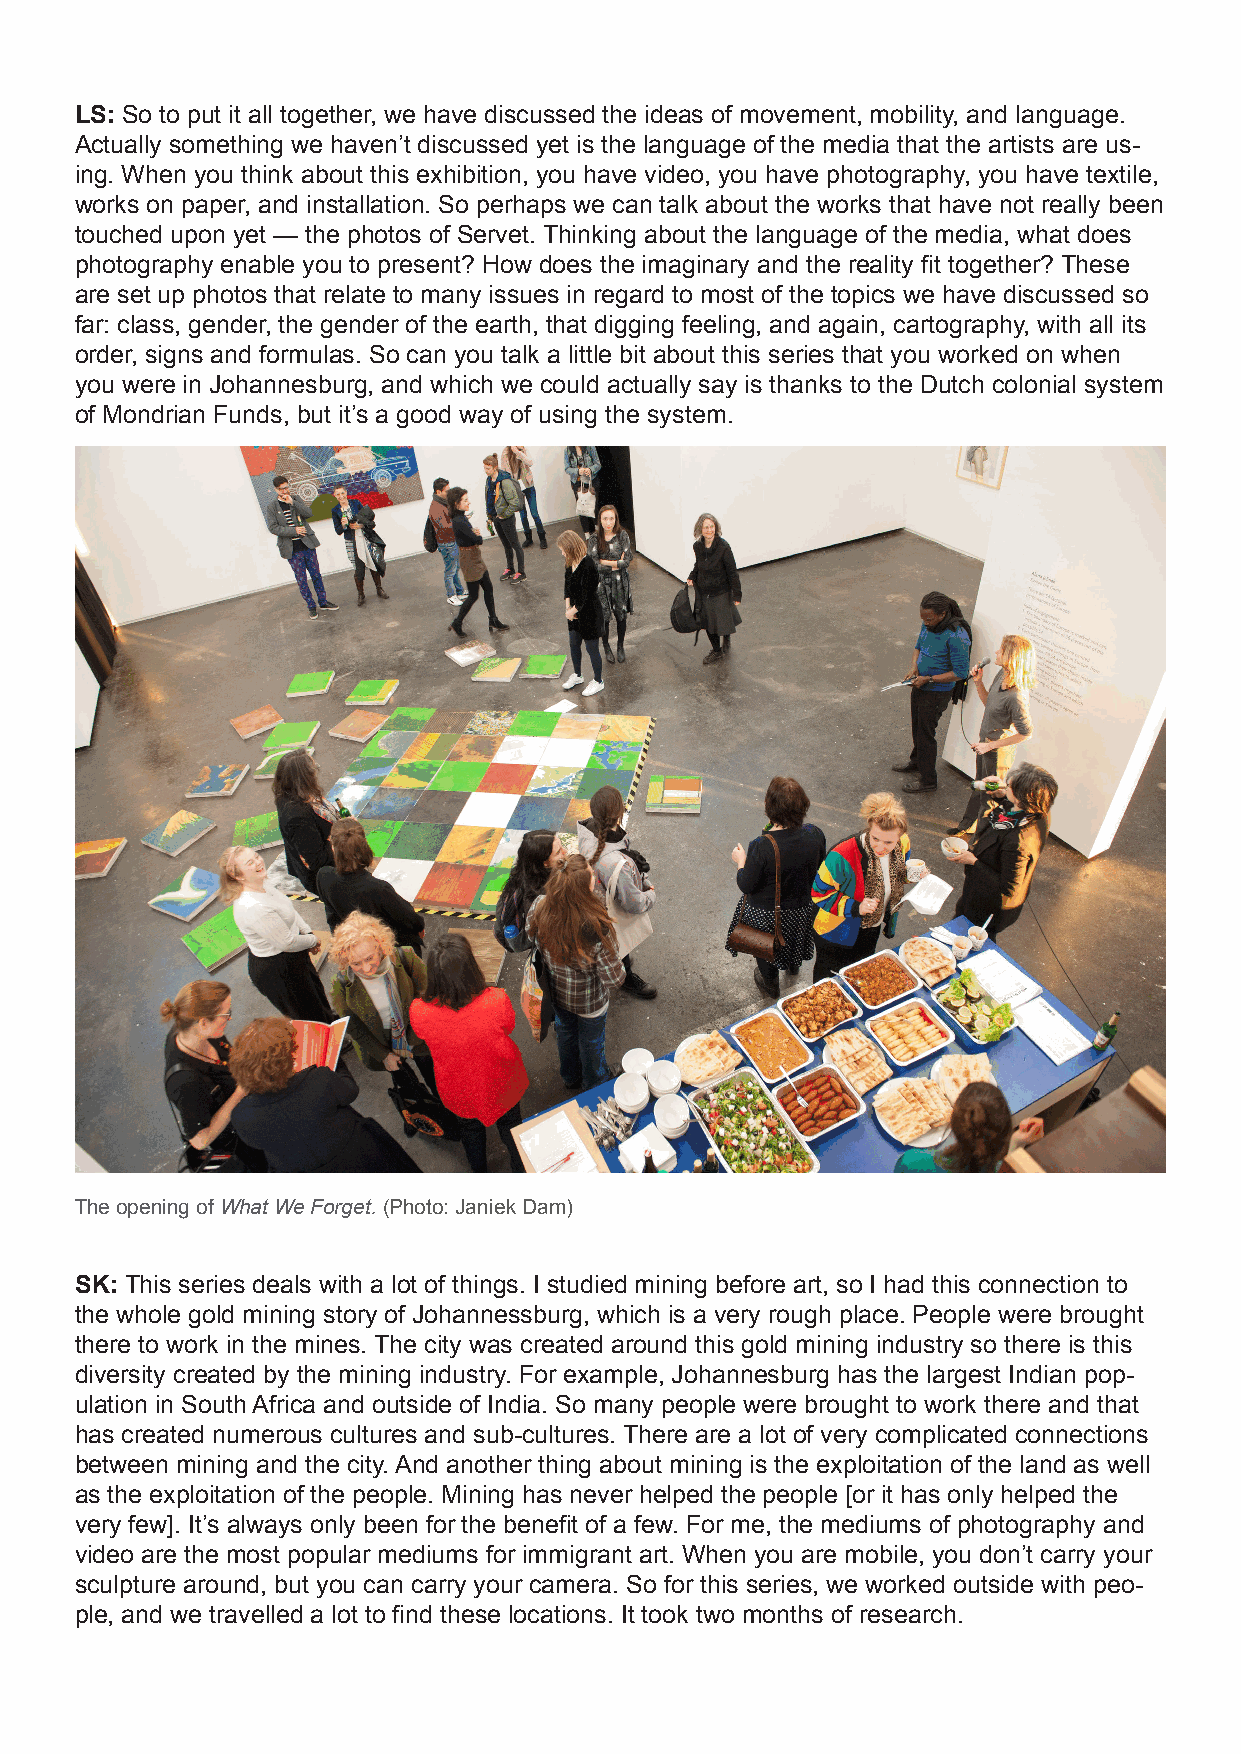
LS: So to put it all together, we have discussed the ideas of movement, mobility, and language.
 Actually something we haven’t discussed yet is the language of the media that the artists are us-
 ing. When you think about this exhibition, you have video, you have photography, you have textile,
 works on paper, and installation. So perhaps we can talk about the works that have not really been
 touched upon yet — the photos of Servet. Thinking about the language of the media, what does
 photography enable you to present? How does the imaginary and the reality fit together? These
 are set up photos that relate to many issues in regard to most of the topics we have discussed so
 far: class, gender, the gender of the earth, that digging feeling, and again, cartography, with all its
 order, signs and formulas. So can you talk a little bit about this series that you worked on when
 you were in Johannesburg, and which we could actually say is thanks to the Dutch colonial system
 of Mondrian Funds, but it’s a good way of using the system.
 The opening of What We Forget. (Photo: Janiek Dam)
 SK: This series deals with a lot of things. I studied mining before art, so I had this connection to
 the whole gold mining story of Johannessburg, which is a very rough place. People were brought
 there to work in the mines. The city was created around this gold mining industry so there is this
 diversity created by the mining industry. For example, Johannesburg has the largest Indian pop-
 ulation in South Africa and outside of India. So many people were brought to work there and that
 has created numerous cultures and sub-cultures. There are a lot of very complicated connections
 between mining and the city. And another thing about mining is the exploitation of the land as well
 as the exploitation of the people. Mining has never helped the people [or it has only helped the
 very few]. It’s always only been for the benefit of a few. For me, the mediums of photography and
 video are the most popular mediums for immigrant art. When you are mobile, you don’t carry your
 sculpture around, but you can carry your camera. So for this series, we worked outside with peo-
 ple, and we travelled a lot to find these locations. It took two months of research.